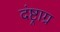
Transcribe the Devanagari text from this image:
दंष्ट्राग्र